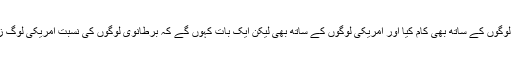
آٹھ سال سے جرنلزم کی نوکری کرتےہویے میں نے برطانوی لوگوں کے ساتھ بھی کام کیا اور امریکی لوگوں کے ساتھ بھی لیکن ایک بات کہوں گے کہ برطانوی لوگوں کی نسبت امریکی لوگ زیادہ کام میں لچک دار ہوتے ہیں اور وہ آپ کی بات سنتے ہیں ۔